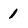
Character: 1